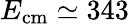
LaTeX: E_{\mathrm{{cm}}}\simeq 343